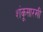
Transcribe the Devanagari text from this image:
शंकूसारखी